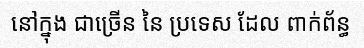
នៅក្នុង ជាច្រើន នៃ ប្រទេស ដែល ពាក់ព័ន្ធ